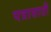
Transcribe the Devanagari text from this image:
पत्रासाठी